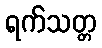
ရက်သတ္တ